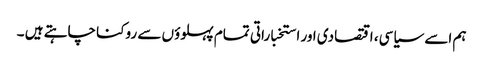
ہم اسے سیاسی، اقتصادی اور استخباراتی تمام پہلوؤں سے روکنا چاہتے ہیں ۔